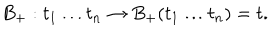
B _ { + } : t _ { 1 } \ldots t _ { n } \to B _ { + } ( t _ { 1 } \ldots t _ { n } ) = t .